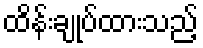
ထိန်းချုပ်ထားသည့်